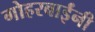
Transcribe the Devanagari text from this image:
गोहरबाईंनी